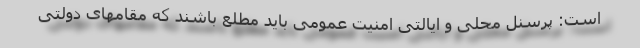
است: پرسنل محلی و ایالتی امنیت عمومی باید مطلع باشند که مقامهای دولتی